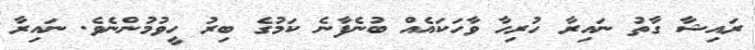
ރައިޝާ ގާތު ނައިރާ ހުރިހާ ވާހަކައެއް ބުނެފާނެ ކަމުގެ ބިރު ހީވުމުންނެވެ. ނައިރާ